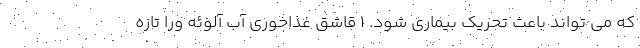
که می تواند باعث تحریک بیماری شود. 1 قاشق غذاخوری آب آلوئه ورا تازه